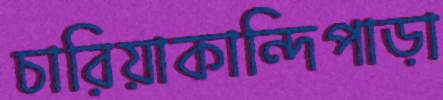
চারিয়াকান্দিপাড়া